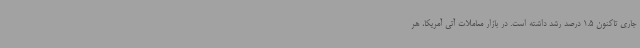
جاری تاکنون 1.5 درصد رشد داشته است. در بازار معاملات آتی آمریکا، هر